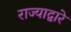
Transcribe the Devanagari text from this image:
राज्याद्वारे